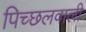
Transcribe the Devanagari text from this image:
पिच्छलवाली